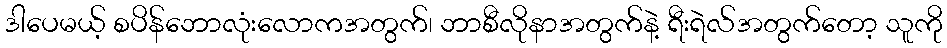
ဒါပေမယ့် စပိန်ဘောလုံးလောကအတွက်၊ ဘာစီလိုနာအတွက်နဲ့ ရီးရဲလ်အတွက်တော့ သူကို